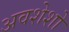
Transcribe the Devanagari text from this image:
अवशेशो